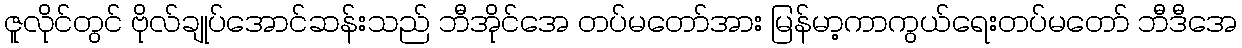
ဇူလိုင်တွင် ဗိုလ်ချုပ်အောင်ဆန်းသည် ဘီအိုင်အေ တပ်မတော်အား မြန်မာ့ကာကွယ်ရေးတပ်မတော် ဘီဒီအေ